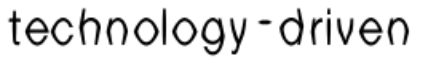
technology-driven